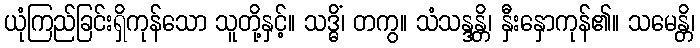
ယုံကြည်ခြင်းရှိကုန်သော သူတို့နှင့်။ သဒ္ဓိံ၊ တကွ။ သံသန္ဒန္တိ၊ နှီးနှောကုန်၏။ သမေန္တိ၊